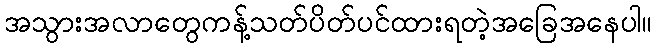
အသွားအလာတွေကန့်သတ်ပိတ်ပင်ထားရတဲ့အခြေအနေပါ။